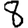
Digit: 8